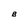
Character: B